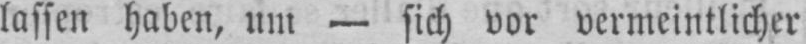
lassen haben, um - sich vor vermeintlicher